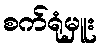
စက်ရုံမှူး